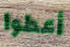
أعطوا